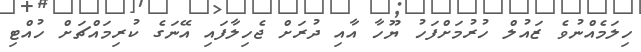
ހިލަމެއްނުވެ ޒައުލް ހުރުމަށްފަހު ޔޫހާ އާއި ދުރަށް ޖެހިލާފައި އޭނަގެ ކުރިމައްޗަށް ހުއްޓި